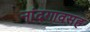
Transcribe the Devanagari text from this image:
नांदगावसह